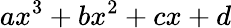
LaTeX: ax^{3}+bx^{2}+cx+d